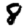
Digit: 8